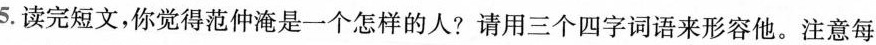
5.读完短文，你觉得范仲淹是一个怎样的人?请用三个四字词语来形容他。注意每